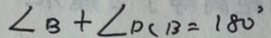
\angle B + \angle D C B = 1 8 0 ^ { \circ }